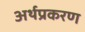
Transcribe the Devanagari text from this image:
अर्थप्रकरण